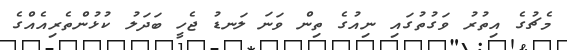
މެޗުގެ އިތުރު ވަގުތުގައި ނިއުގެ ތިން ވަނަ ލަނޑު ޖެހީ ބަދަލު ކުޅުންތެރިއެއްގެ